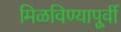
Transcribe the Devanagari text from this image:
मिळविण्यापूर्वी